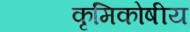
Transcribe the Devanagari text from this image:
कृमिकोषीय